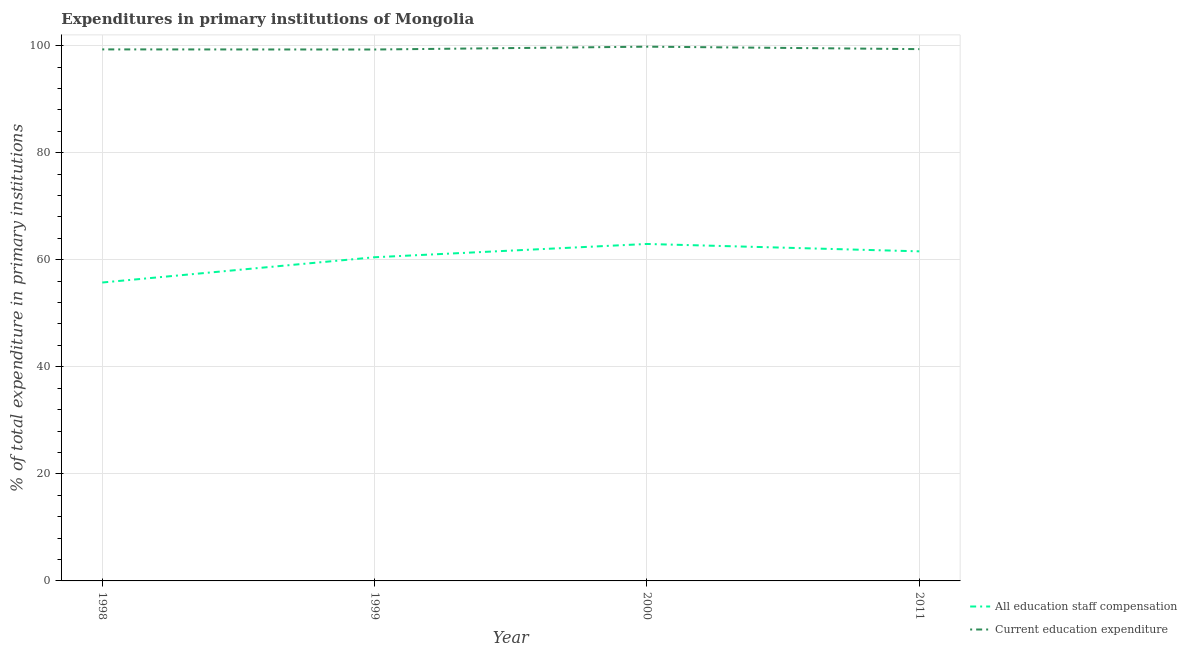
| Year | All education staff compensation | Current education expenditure |
 | --- | --- | --- |
 | 1998 | 55.7 | 99.3 |
 | 1999 | 60.5 | 99.3 |
 | 2000 | 62.9 | 99.8 |
 | 2011 | 61.6 | 99.3 |